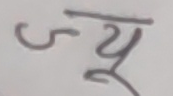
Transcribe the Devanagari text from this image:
ज्यू